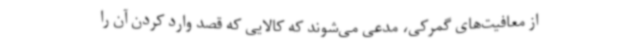
از معافیت‌های گمرکی، مدعی می‌شوند که کالایی که قصد وارد کردن آن را